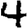
Digit: 4